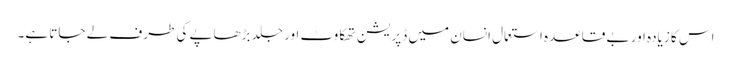
اس کا زیادہ اور بے قاعدہ استعمال انسان میں ڈپریشن تھکاوٹ اور جلد بڑھاپے کی طرف لے جاتا ہے۔